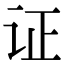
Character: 证